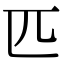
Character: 匹